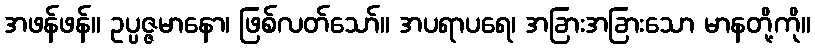
အဖန်ဖန်။ ဥပ္ပဇ္ဇမာနော၊ ဖြစ်လတ်သော်။ အပရာပရေ၊ အခြားအခြားသော မာနတို့ကို။